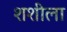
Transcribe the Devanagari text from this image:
शशीला